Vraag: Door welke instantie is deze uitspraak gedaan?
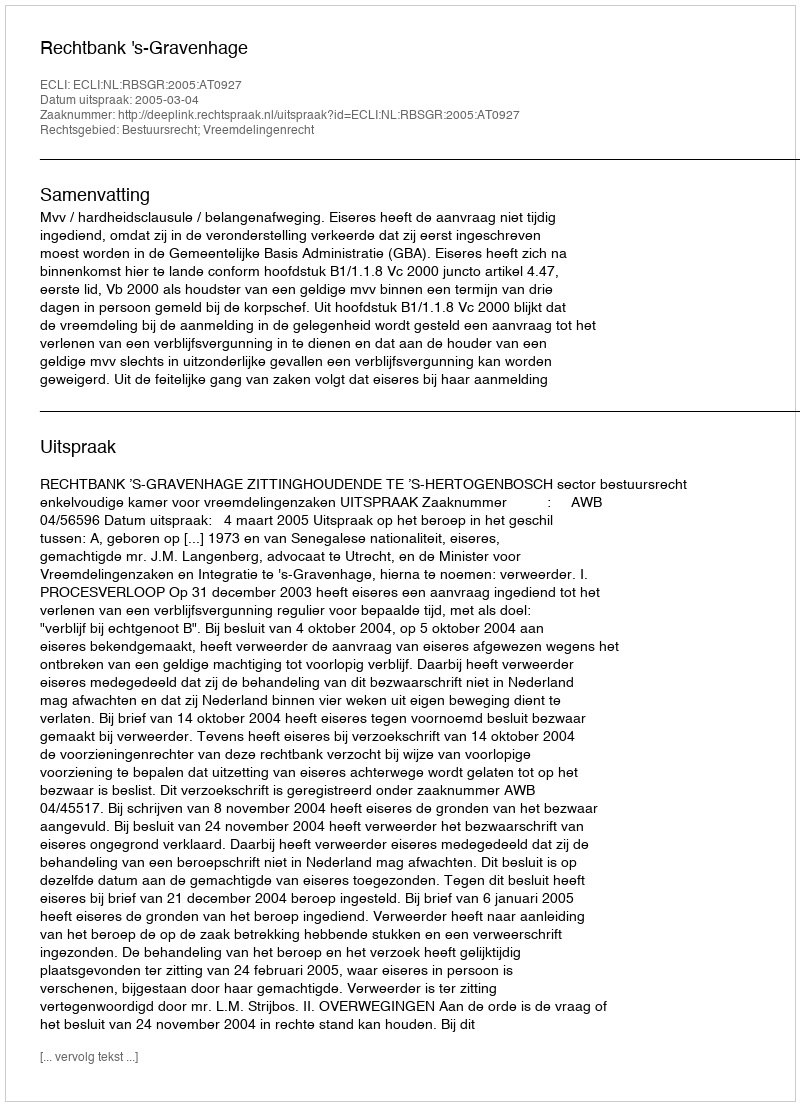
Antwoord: Rechtbank 's-Gravenhage